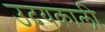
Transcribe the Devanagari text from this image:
उदयकाली